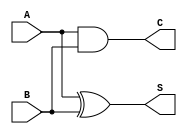
`timescale 1ns / 1ps
//////////////////////////////////////////////////////////////////////////////////
// Company: 
// Engineer: 
// 
// Design Name: 
// Module Name: fulladder
// Project Name: 
// Target Devices: 
// Tool Versions: 
// Description: 
// 
// Dependencies: 
// 
// Revision:
// Revision 0.01 - File Created
// Additional Comments:
// 
//////////////////////////////////////////////////////////////////////////////////


module halfadder(S,C,A,B);
  output S,C;
  input A,B;
    xor (S,A,B);
    and (C,A,B);
endmodule

module fulladder(sum,cout,a,b,cin);
  input a,b,cin;
  output sum,cout;
  wire w1,w2,w3;

  halfadder h1(w1,w2,a,b);
  halfadder h2(sum,w3,w1,cin);
  or(cout,w2,w3);

endmodule